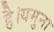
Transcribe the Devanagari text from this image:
है।यमुना